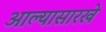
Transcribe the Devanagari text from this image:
आल्‍यासारखे